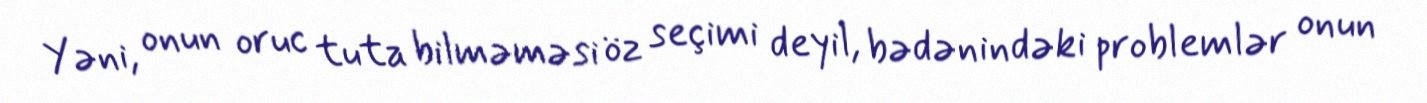
Yəni, onun oruc tuta bilməməsi öz seçimi deyil, bədənindəki problemlər onun